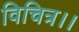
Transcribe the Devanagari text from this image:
विचित्र।।